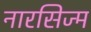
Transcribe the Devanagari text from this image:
नारसिज्म